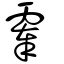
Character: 𩃳